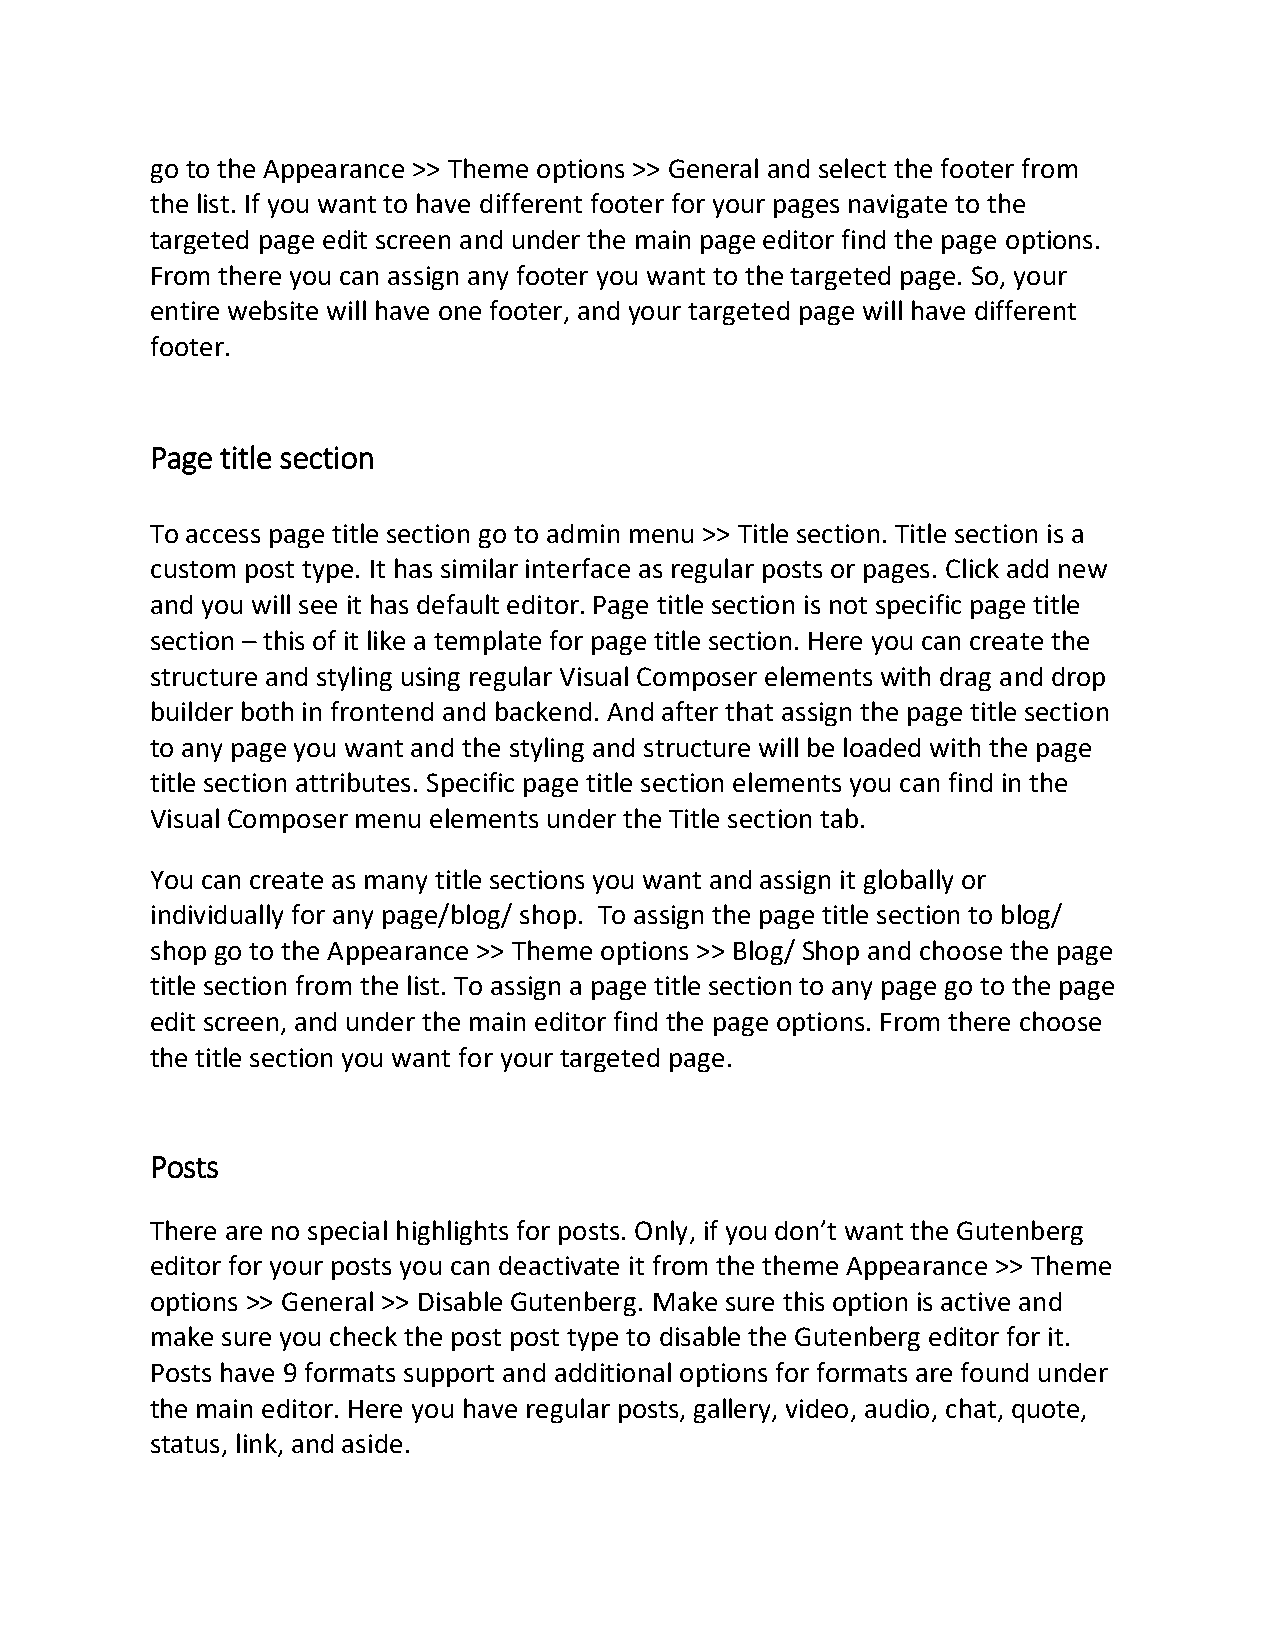
go to the Appearance >> Theme options >> General and select the footer from
 the list. If you want to have different footer for your pages navigate to the
 targeted page edit screen and under the main page editor find the page options.
 From there you can assign any footer you want to the targeted page. So, your
 entire website will have one footer, and your targeted page will have different
 footer.
 Page title section
 To access page title section go to admin menu >> Title section. Title section is a
 custom post type. It has similar interface as regular posts or pages. Click add new
 and you will see it has default editor. Page title section is not specific page title
 section – this of it like a template for page title section. Here you can create the
 structure and styling using regular Visual Composer elements with drag and drop
 builder both in frontend and backend. And after that assign the page title section
 to any page you want and the styling and structure will be loaded with the page
 title section attributes. Specific page title section elements you can find in the
 Visual Composer menu elements under the Title section tab.
 You can create as many title sections you want and assign it globally or
 individually for any page/blog/ shop. To assign the page title section to blog/
 shop go to the Appearance >> Theme options >> Blog/ Shop and choose the page
 title section from the list. To assign a page title section to any page go to the page
 edit screen, and under the main editor find the page options. From there choose
 the title section you want for your targeted page.
 Posts
 There are no special highlights for posts. Only, if you don’t want the Gutenberg
 editor for your posts you can deactivate it from the theme Appearance >> Theme
 options >> General >> Disable Gutenberg. Make sure this option is active and
 make sure you check the post post type to disable the Gutenberg editor for it.
 Posts have 9 formats support and additional options for formats are found under
 the main editor. Here you have regular posts, gallery, video, audio, chat, quote,
 status, link, and aside.